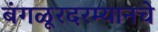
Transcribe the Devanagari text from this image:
बंगळूरदरम्यानचे